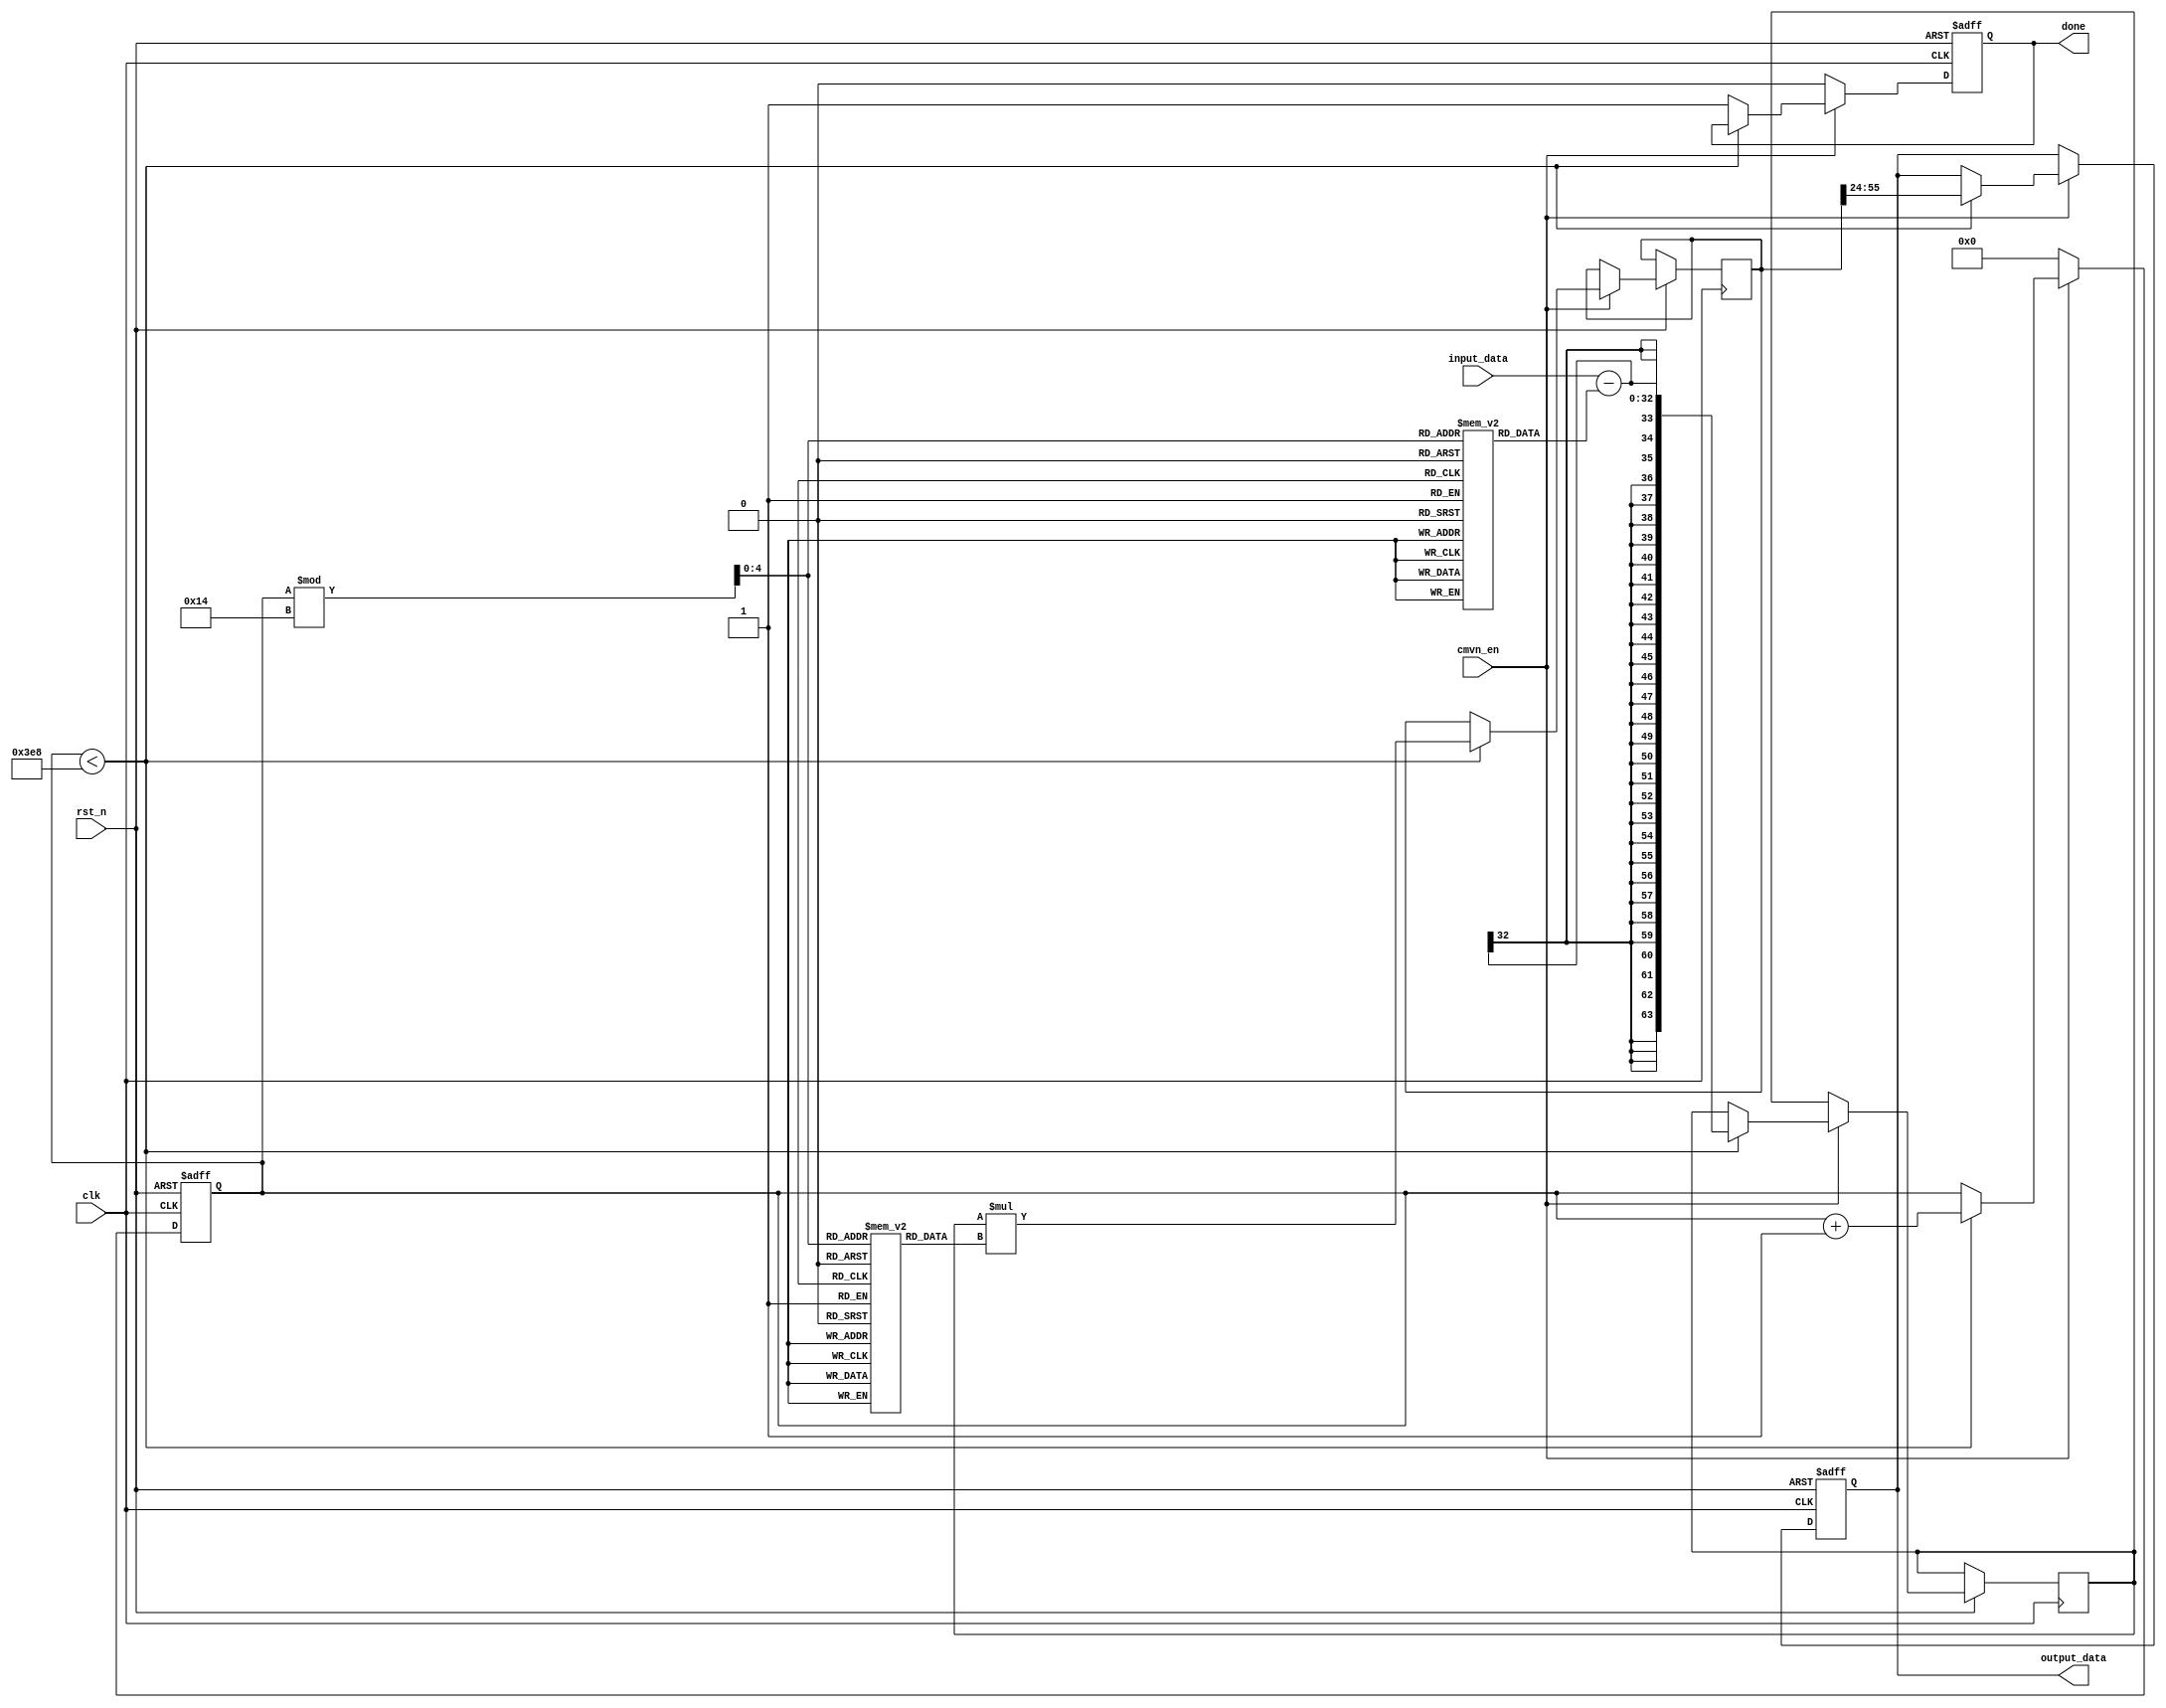
module cmvn (
  input wire clk,
  input wire rst_n,
  input wire cmvn_en,
  input wire signed [31:0] input_data,
  output reg signed [31:0] output_data,
  output reg done
);

  // CMVN parameters
  reg signed [31:0] cmvn_mean [0:19];
  reg signed [31:0] cmvn_istd [0:19];

  // Counter for input data
  reg [10:0] counter;

  // Registers for intermediate calculations
  reg signed [63:0] diff;
  reg signed [63:0] prod;

  always @(posedge clk or negedge rst_n) begin
    if (!rst_n) begin
      // Reset registers and outputs
      counter <= 11'b0;
      output_data <= 32'b0;
      done <= 1'b0;
    end else if (cmvn_en) begin
      if (counter < 1000) begin // 50 * 20 = 1000
        // Perform CMVN calculation
        diff <= $signed(input_data) - $signed(cmvn_mean[counter % 20]);
        prod <= diff * $signed(cmvn_istd[counter % 20]);
        output_data <= prod[55:24];
        counter <= counter + 1;
      end else begin
        // Set done signal when all input data is processed
        done <= 1'b1;
      end
    end else begin
      // Reset counter and done signal
      counter <= 11'b0;
      done <= 1'b0;
    end
  end

  // Initialize CMVN parameters
  initial begin
    cmvn_mean[0] = $signed(32'd241192656);
    cmvn_mean[1] = $signed(32'd268649632);
    cmvn_mean[2] = $signed(32'd276675136);
    cmvn_mean[3] = $signed(32'd283695040);
    cmvn_mean[4] = $signed(32'd281664064);
    cmvn_mean[5] = $signed(32'd276283232);
    cmvn_mean[6] = $signed(32'd273964992);
    cmvn_mean[7] = $signed(32'd273919648);
    cmvn_mean[8] = $signed(32'd279167136);
    cmvn_mean[9] = $signed(32'd286963904);
    cmvn_mean[10] = $signed(32'd289749824);
    cmvn_mean[11] = $signed(32'd291469152);
    cmvn_mean[12] = $signed(32'd293973344);
    cmvn_mean[13] = $signed(32'd294496448);
    cmvn_mean[14] = $signed(32'd294786208);
    cmvn_mean[15] = $signed(32'd294155456);
    cmvn_mean[16] = $signed(32'd290103104);
    cmvn_mean[17] = $signed(32'd285622848);
    cmvn_mean[18] = $signed(32'd283800096);
    cmvn_mean[19] = $signed(32'd274944832);

    cmvn_istd[0] = $signed(32'd2730620);
    cmvn_istd[1] = $signed(32'd2558343);
    cmvn_istd[2] = $signed(32'd2517505);
    cmvn_istd[3] = $signed(32'd2456001);
    cmvn_istd[4] = $signed(32'd2513680);
    cmvn_istd[5] = $signed(32'd2642344);
    cmvn_istd[6] = $signed(32'd2746480);
    cmvn_istd[7] = $signed(32'd2793599);
    cmvn_istd[8] = $signed(32'd2784816);
    cmvn_istd[9] = $signed(32'd2747354);
    cmvn_istd[10] = $signed(32'd2753689);
    cmvn_istd[11] = $signed(32'd2760341);
    cmvn_istd[12] = $signed(32'd2757260);
    cmvn_istd[13] = $signed(32'd2790595);
    cmvn_istd[14] = $signed(32'd2817463);
    cmvn_istd[15] = $signed(32'd2839905);
    cmvn_istd[16] = $signed(32'd2892185);
    cmvn_istd[17] = $signed(32'd2942343);
    cmvn_istd[18] = $signed(32'd2964351);
    cmvn_istd[19] = $signed(32'd3003108);
  end

endmodule